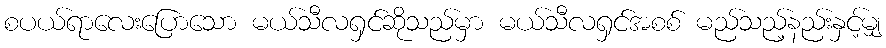
စပယ်ရာလေးပြောသော မယ်သီလရှင်ဆိုသည်မှာ မယ်သီလရှင်အစစ် မည်သည့်နည်းနှင့်မျှ